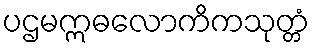
ပဌမဣဓလောကိကသုတ္တံ